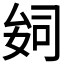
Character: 𫨪